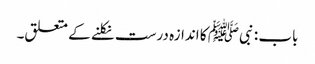
باب : نبیﷺ کا اندازہ درست نکلنے کے متعلق۔